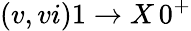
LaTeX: (v,vi)1\to X\, 0^{+}